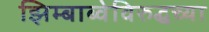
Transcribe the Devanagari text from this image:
झिम्बाब्वेविरुद्धच्या